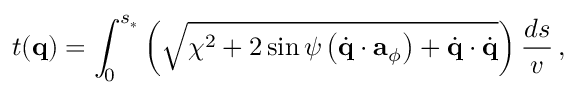
t ( { \bf q } ) = \int _ { 0 } ^ { s _ { * } } \left( \sqrt { \chi ^ { 2 } + 2 \sin \psi \left( \dot { \bf q } \cdot { \bf a } _ { \phi } \right) + \dot { \bf q } \cdot \dot { \bf q } } \right) \frac { d s } { v } \, ,